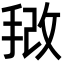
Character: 𫼿